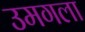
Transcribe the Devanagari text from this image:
उमगला